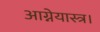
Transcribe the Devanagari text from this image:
आग्नेयास्त्र।